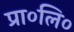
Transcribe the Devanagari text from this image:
प्रा०लि०